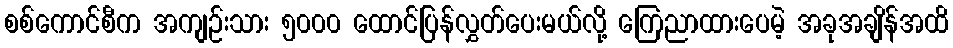
စစ်ကောင်စီက အကျဉ်းသား ၅၀၀၀ ထောင်ပြန်လွှတ်ပေးမယ်လို့ ကြေညာထားပေမဲ့ အခုအချိန်အထိ